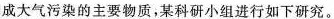
成大气污染的主要物质，某科研小组进行如下研究。